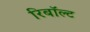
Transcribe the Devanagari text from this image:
रिबॉल्ट